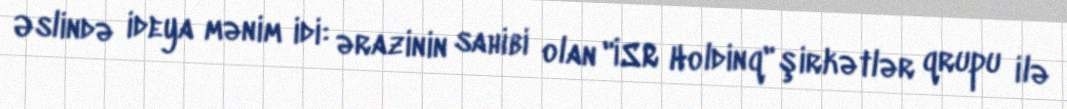
Əslində ideya mənim idi: ərazinin sahibi olan "İSR Holdinq" şirkətlər qrupu ilə